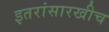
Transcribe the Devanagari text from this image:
इतरांसारखीच